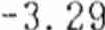
-3.29